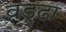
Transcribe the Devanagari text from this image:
वड्र्ढा